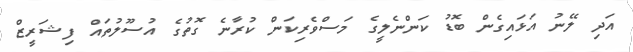
އަދި ލޭނު އަޅައިގެން ބޮޑު ކަންނެލީގެ މަސްވެރިކަން ކުރާނެ ގޮތުގެ އުސޫލުތައް ފިޝަރީޒް